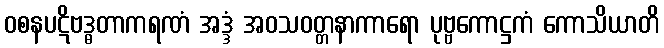
ဝစနပဋိဗဒ္ဓတာကရဏံ အဒ္ဒံ အဝသဝတ္တနာကာရော ပုဗ္ဗကောဋ္ဌကံ ကောသိယာတိ